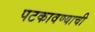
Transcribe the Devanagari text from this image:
पटकावण्याची